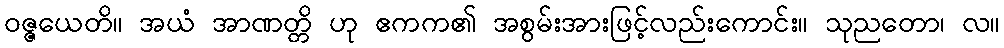
ဝဇ္ဇယေတိ။ အယံ အာဏတ္တိ ဟု ဧကက၏ အစွမ်းအားဖြင့်လည်းကောင်း။ သုညတော၊ လ။